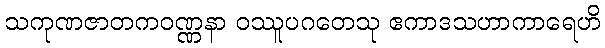
သကုဏဇာတကဝဏ္ဏနာ ဝဿူပဂတေသု ဧကာဒသဟာကာရေဟိ